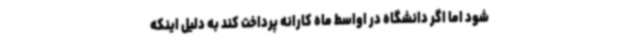
شود اما اگر دانشگاه در اواسط ماه کارانه پرداخت کند به دلیل اینکه